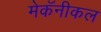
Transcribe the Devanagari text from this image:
मेकॅनीकल